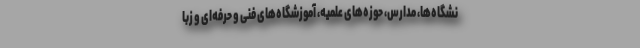
نشگاه‌ها، مدارس، حوزه‌های علمیه، آموزشگاه‌های فنی و حرفه‌ای و زبا